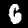
Label: 6